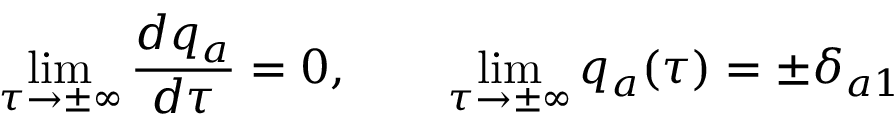
\operatorname * { l i m } _ { \tau \to \pm \infty } \frac { d q _ { a } } { d \tau } = 0 , \qquad \operatorname * { l i m } _ { \tau \to \pm \infty } q _ { a } ( \tau ) = \pm \delta _ { a 1 }